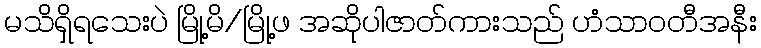
မသိရှိရသေးပဲ မြို့မိ/မြို့ဖ အဆိုပါဇာတ်ကားသည် ဟံသာဝတီအနီး